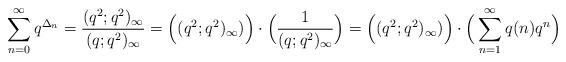
LaTeX: \begin{align*} \sum_{n=0}^\infty q^{\Delta_n} &= \frac{(q^2;q^2)_\infty}{(q;q^2)_\infty} =\Big((q^2;q^2)_\infty )\Big)\cdot \Big( \frac{1}{(q;q^2)_\infty} \Big)=\Big( (q^2;q^2)_\infty ) \Big)\cdot \Big( \sum_{n=1}^\infty q(n) q^n \Big)\end{align*}